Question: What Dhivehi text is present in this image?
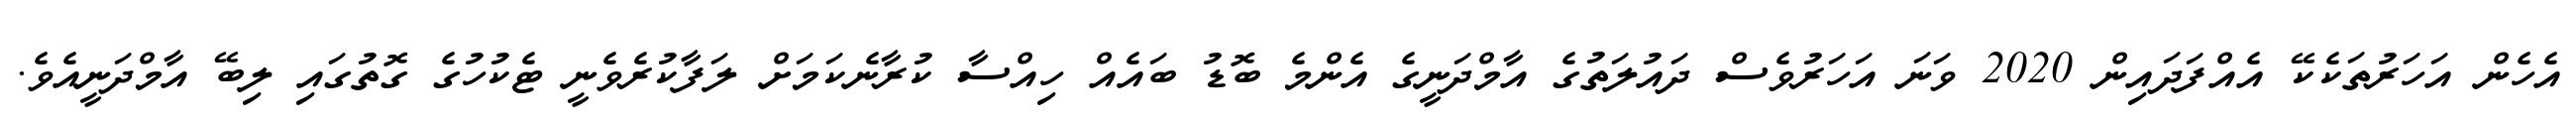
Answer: އެހެން އަހަރުތަކެކޭ އެއްފަދައިން 2020 ވަނަ އަހަރުވެސް ދައުލަތުގެ އާމްދަނީގެ އެންމެ ބޮޑު ބައެއް ހިއްސާ ކުރާނެކަމަށް ލަފާކުރެވެނީ ޓެކުހުގެ ގޮތުގައި ލިބޭ އާމްދަނީއެވެ.